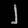
Digit: ၂